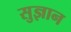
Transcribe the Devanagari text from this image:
सुज्ञान